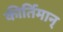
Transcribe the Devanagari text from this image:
कीर्तिमान्